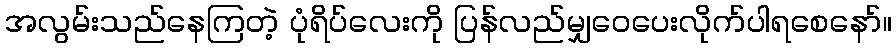
အလွမ်းသည်နေကြတဲ့ ပုံရိပ်လေးကို ပြန်လည်မျှဝေပေးလိုက်ပါရစေနော်။